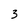
Character: 3